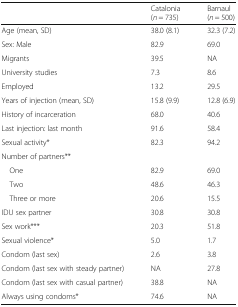
|  | Catalonia (n = 735) | Barnaul (n = 500) |
 | --- | --- | --- |
 | Age (mean, SD) | 38.0 (8.1) | 32.3 (7.2) |
 | Sex: Male | 82.9 | 69.0 |
 | Migrants | 39.5 | NA |
 | University studies | 7.3 | 8.6 |
 | Employed | 13.2 | 29.5 |
 | Years of injection (mean, SD) | 15.8 (9.9) | 12.8 (6.9) |
 | History of incarceration | 68.0 | 40.6 |
 | Last injection: last month | 91.6 | 58.4 |
 | Sexual activity* | 82.3 | 94.2 |
 | <COLSPAN=3> Number of partners** |
 | One | 82.9 | 69.0 |
 | Two | 48.6 | 46.3 |
 | Three or more | 20.6 | 15.5 |
 | IDU sex partner | 30.8 | 30.8 |
 | Sex work*** | 20.3 | 51.8 |
 | Sexual violence* | 5.0 | 1.7 |
 | Condom (last sex) | 2.6 | 3.8 |
 | Condom (last sex with steady partner) | NA | 27.8 |
 | Condom (last sex with casual partner) | 38.8 | NA |
 | Always using condoms* | 74.6 | NA |